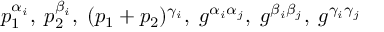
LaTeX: p _ { 1 } ^ { \alpha _ { i } } , \; p _ { 2 } ^ { \beta _ { i } } , \; ( p _ { 1 } + p _ { 2 } ) ^ { \gamma _ { i } } , \; g ^ { \alpha _ { i } \alpha _ { j } } , \; g ^ { \beta _ { i } \beta _ { j } } , \; g ^ { \gamma _ { i } \gamma _ { j } }